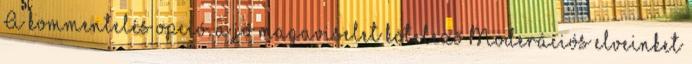
A kommentelés opció, a jó magaviselet kötelező Moderációs elveinket